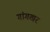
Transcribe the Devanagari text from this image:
गांगखर